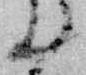
之